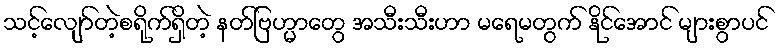
သင့်လျော်တဲ့စရိုက်ရှိတဲ့ နတ်ဗြဟ္မာတွေ အသီးသီးဟာ မရေမတွက် နိုင်အောင် များစွာပင်